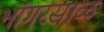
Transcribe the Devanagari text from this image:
भांगरसाळ